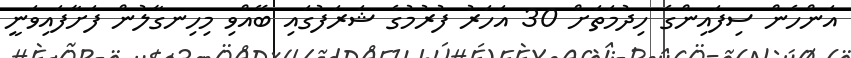
އަންހެން ސިފައިންގެ ހިދުމަތަށް 30 އަހަރު ފުރުމުގެ ޝަރަފުގައި ބޭއްވި މިހިނގާލުން ފަށާފައިވަނީ